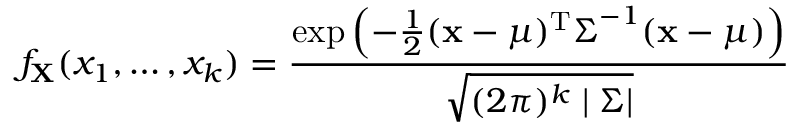
f _ { \mathbf { X } } ( x _ { 1 } , \ldots , x _ { k } ) = { \frac { \exp \left( - { \frac { 1 } { 2 } } ( { \mathbf { x } } - { \boldsymbol { \mu } } ) ^ { \mathrm { T } } { \boldsymbol { \Sigma } } ^ { - 1 } ( { \mathbf { x } } - { \boldsymbol { \mu } } ) \right) } { \sqrt { ( 2 \pi ) ^ { k } \mid { \boldsymbol { \Sigma } } | } } }